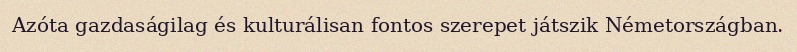
Azóta gazdaságilag és kulturálisan fontos szerepet játszik Németországban.